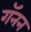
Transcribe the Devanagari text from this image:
गॅनन